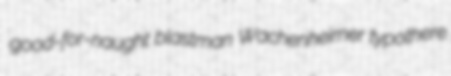
good-for-naught blastman Wachenheimer typothere